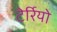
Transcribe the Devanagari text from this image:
टेर्रियो